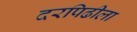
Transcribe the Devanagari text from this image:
दरपिढीला